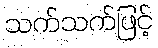
သက်သက်ဖြင့်